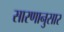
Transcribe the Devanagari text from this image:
सारणानुसार